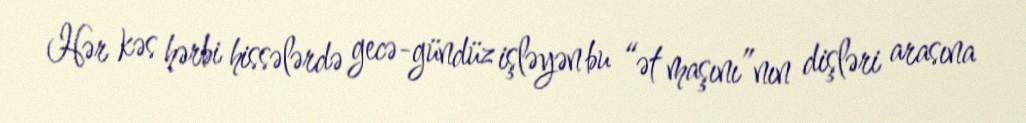
Hər kəs hərbi hissələrdə gecə-gündüz işləyən bu “ət maşını”nın dişləri arasına